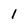
Character: 1